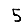
Digit: 5